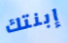
إبنتك